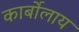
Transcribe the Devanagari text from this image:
कार्बोलाय